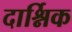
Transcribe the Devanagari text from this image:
दार्श्निक